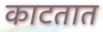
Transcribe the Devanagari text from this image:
काटतात